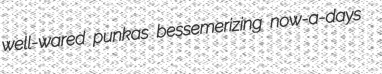
well-wared punkas bessemerizing now-a-days